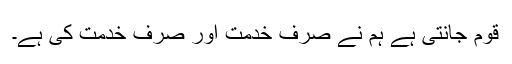
قوم جانتی ہے ہم نے صرف خدمت اور صرف خدمت کی ہے۔